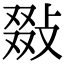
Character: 敠